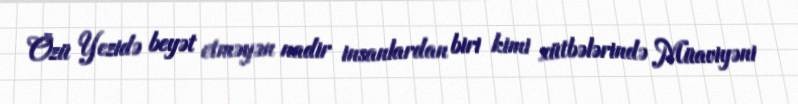
Özü Yezidə beyət etməyən nadir insanlardan biri kimi xütbələrində Müaviyəni